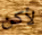
لأكن